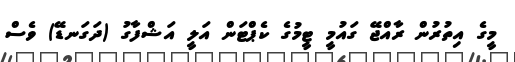
މީގެ އިތުރުން ރާއްޖޭ ގައުމީ ޓީމުގެ ކެޕްޓަން އަލީ އަޝްފާގު (ދަގަނޑޭ) ވެސް